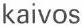
kaivos